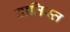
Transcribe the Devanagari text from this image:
बातिस्त